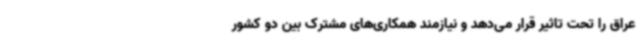
عراق را تحت تاثیر قرار می‌دهد و نیازمند همکاری‌های مشترک بین دو کشور